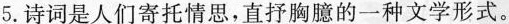
5.诗词是人们寄托情思，直抒胸臆的一种文学形式。